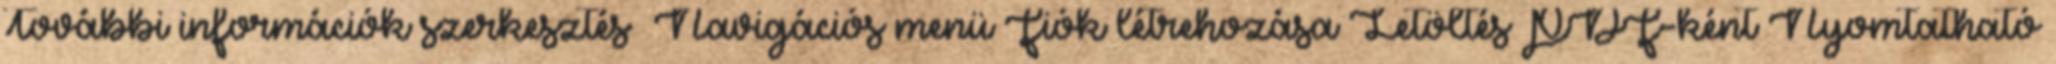
További információk szerkesztés Navigációs menü Fiók létrehozása Letöltés PDF-ként Nyomtatható